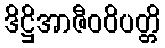
ဒိဋ္ဌိအာဇီဝဝိပတ္တိ